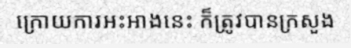
ក្រោយការអះអាងនេះ ក៏ត្រូវបានក្រសួង